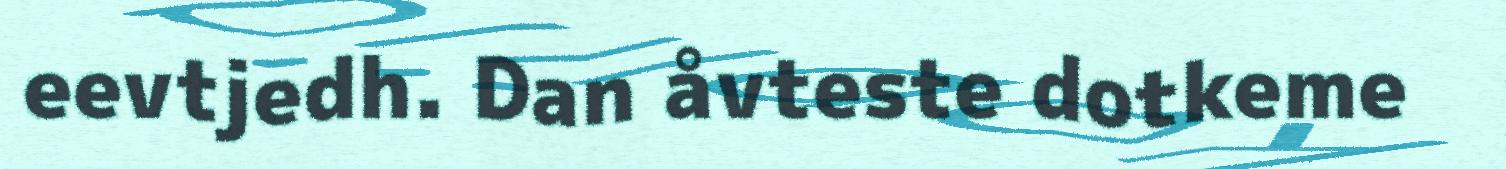
eevtjedh. Dan åvteste dotkeme